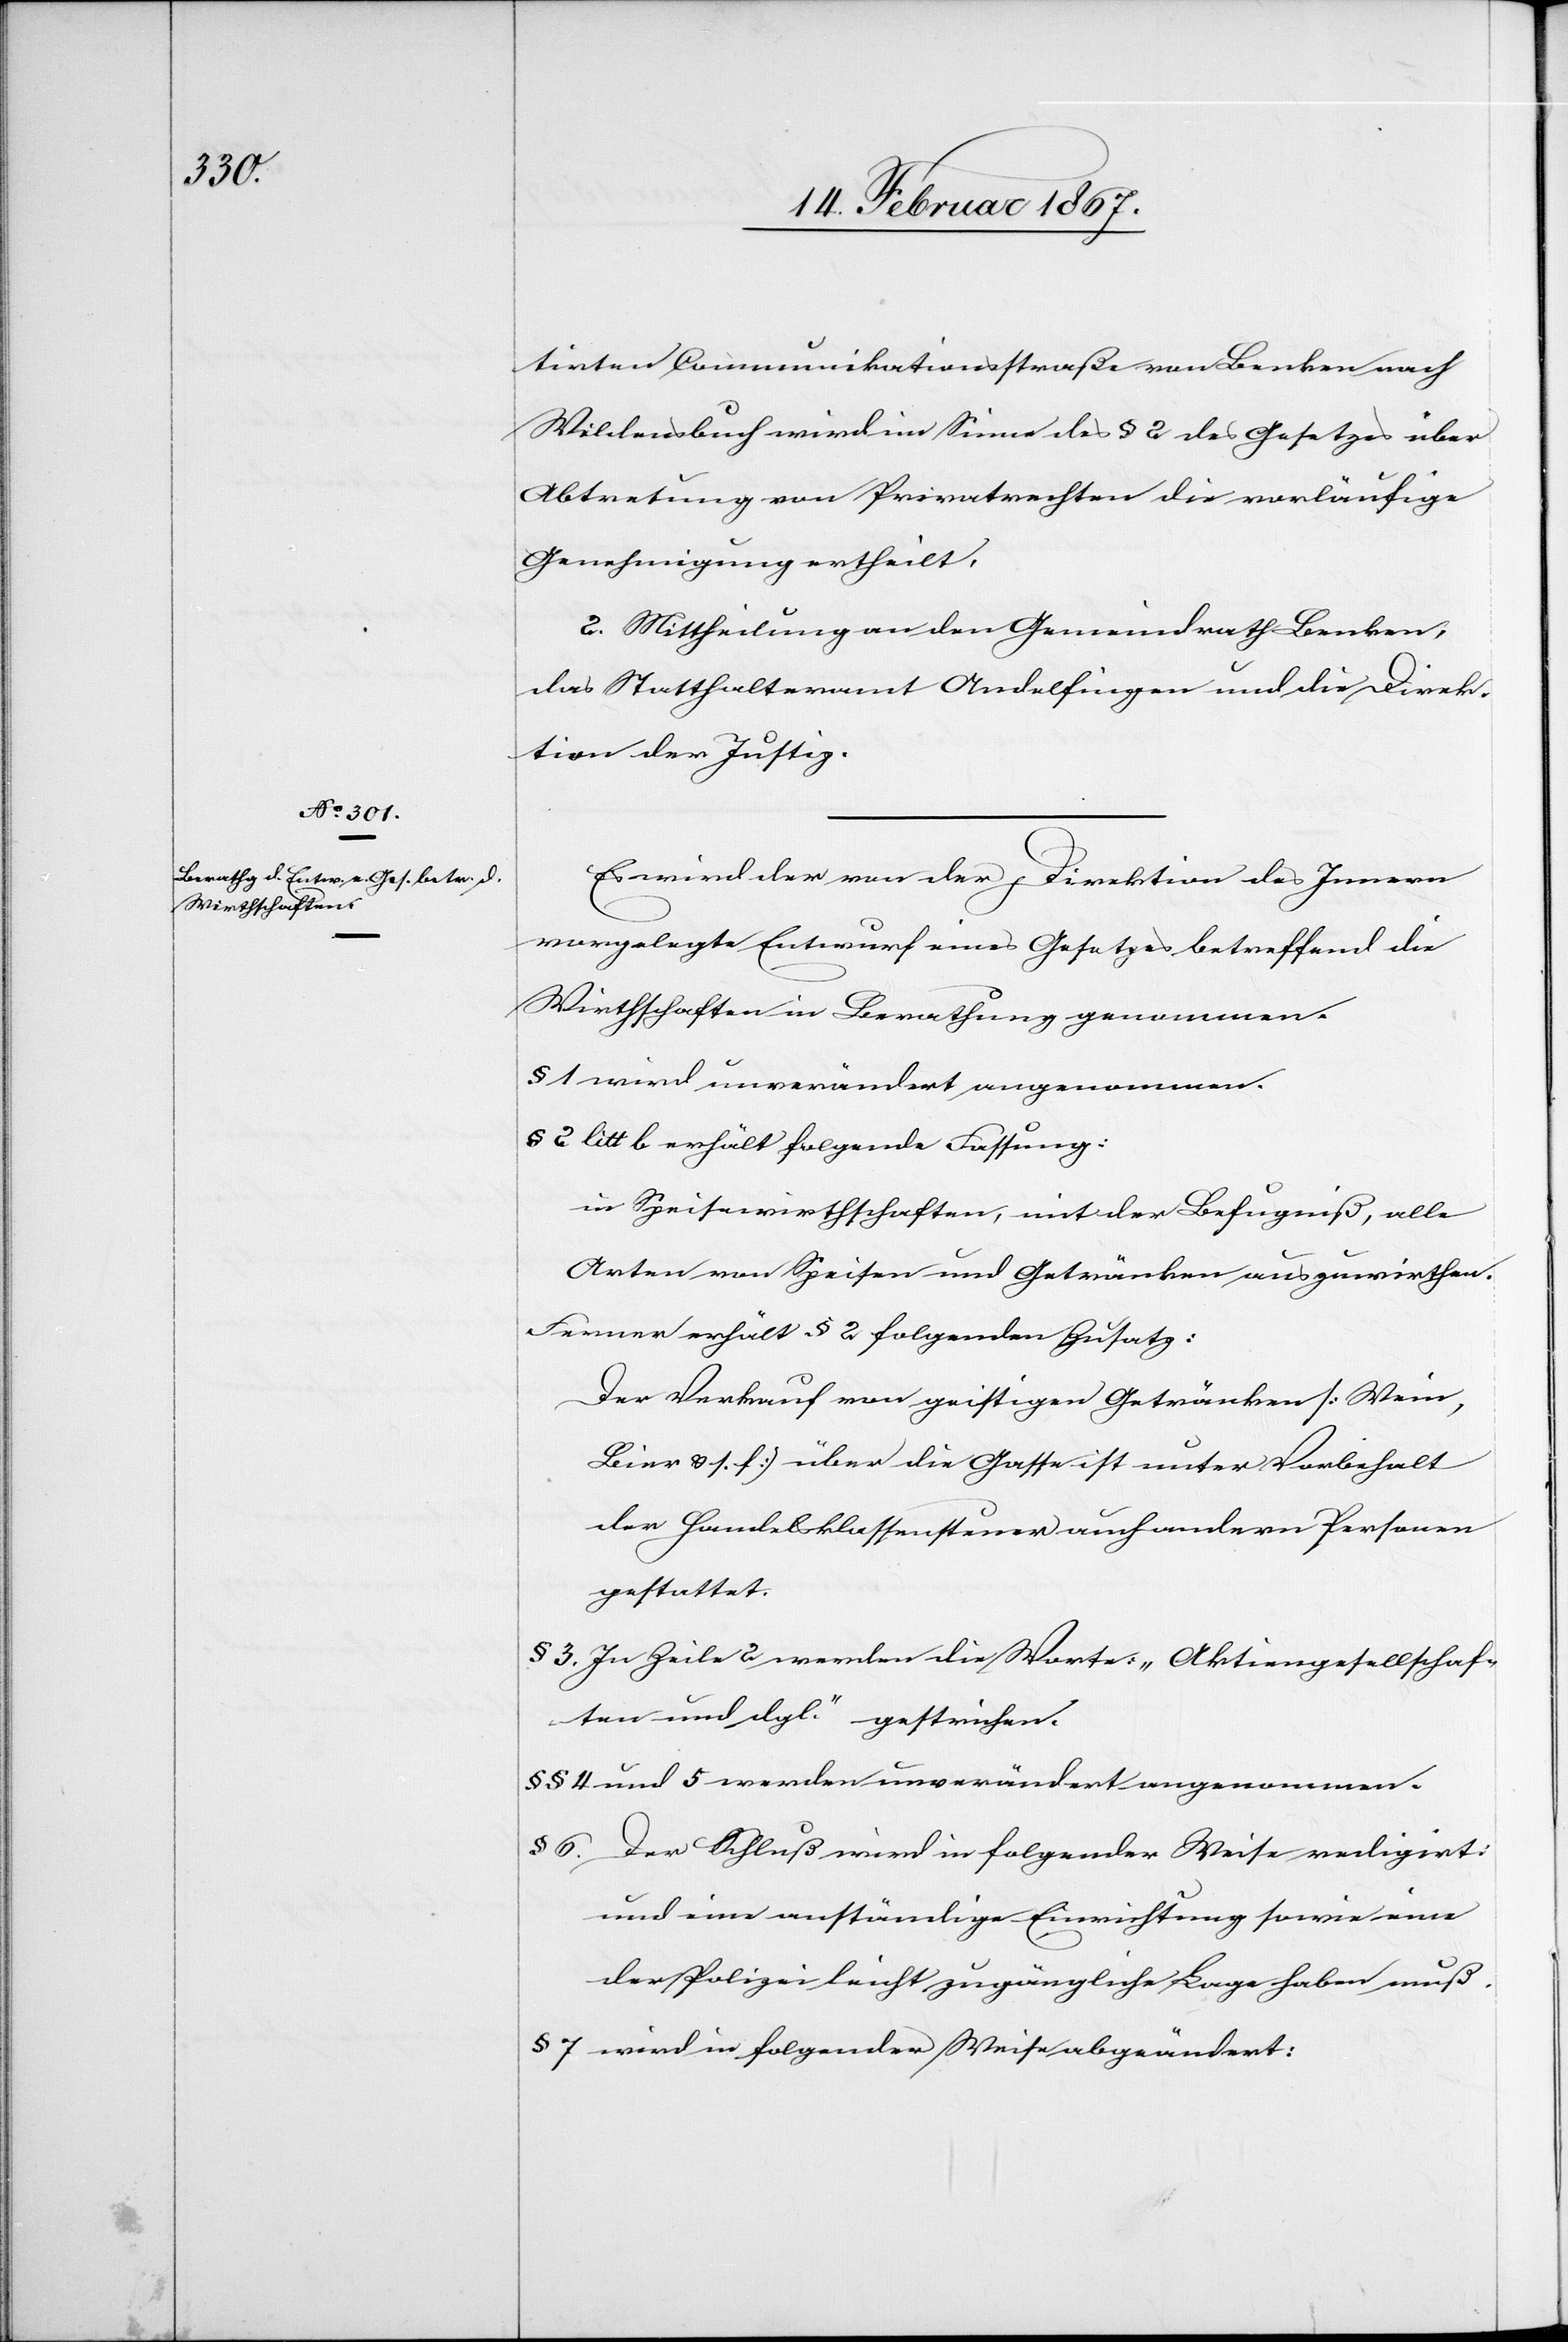
tirten Communikationsstraße von Benken nach
Wildensbuch wird im Sinne des § 2 des Gesetzes über
Abtretung von Privatrechten die vorläufige
Genehmigung ertheilt.
2. Mittheilung an den Gemeindrath Benken,
das Statthalteramt Andelfingen und die Direk¬
tion der Justiz.
Es wird der von der Direktion des Innern
vorgelegte Entwurf eines Gesetzes betreffend die
Wirthschaften in Berathung genommen.
§ 1 wird unverändert angenommen.
§ 2 litt b erhält folgende Fassung:
in Speisewirthschaften, mit der Befugniß, alle
Arten von Speisen und Getränken auszuwirthen.
Ferner erhält § 2 folgenden Zusatz:
Der Verkauf von geistigen Getränken [Wein,
Bier u. s. w.] über die Gasse ist unter Vorbehalt
der Handelsklassensteuer auch andern Personen
gestattet.
§ 3 In Zeile 2 werden die Worte: „Aktiengesellschaf¬
ten und dgl.“ gestrichen.
§§ 4 und 5 werden unverändert angenommen.
§ 6 Der Schluß wird in folgender Weise redigirt:
und eine anständige Einrichtung sowie eine
der Polizei leicht zugängliche Lage haben muß.
§ 7 wird in folgender Weise abgeändert: